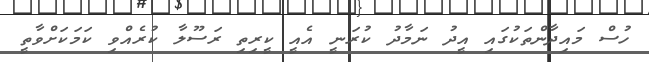
ހުސް މައިދާންތަކުގައި އީދު ނަމާދު ކުރަނީ އެއީ ކީރިތި ރަސޫލާ ކުރެއްވި ކަމަކަށްވާތީ